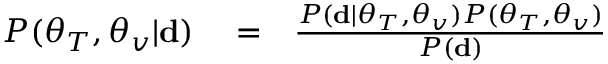
\begin{array} { r l r } { P ( \boldsymbol { \theta } _ { T } , \boldsymbol { \theta } _ { v } | \mathbf { d } ) } & { { } = } & { \frac { P ( \mathbf { d } | \boldsymbol { \theta } _ { T } , \boldsymbol { \theta } _ { v } ) P ( \boldsymbol { \theta } _ { T } , \boldsymbol { \theta } _ { v } ) } { P ( \mathbf { d } ) } } \end{array}